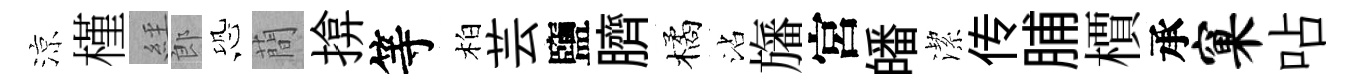
涼槿𦀇郎恐蕳揜等柏芸鹽臍橘沾旛宮皤潔传脯檟承窠呫